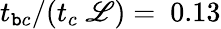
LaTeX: {t_{\mathtt{b}c}}/(t_{c}~\mathscr{{L}})=~0.13